Anatomy and histology of ticks - Number 23
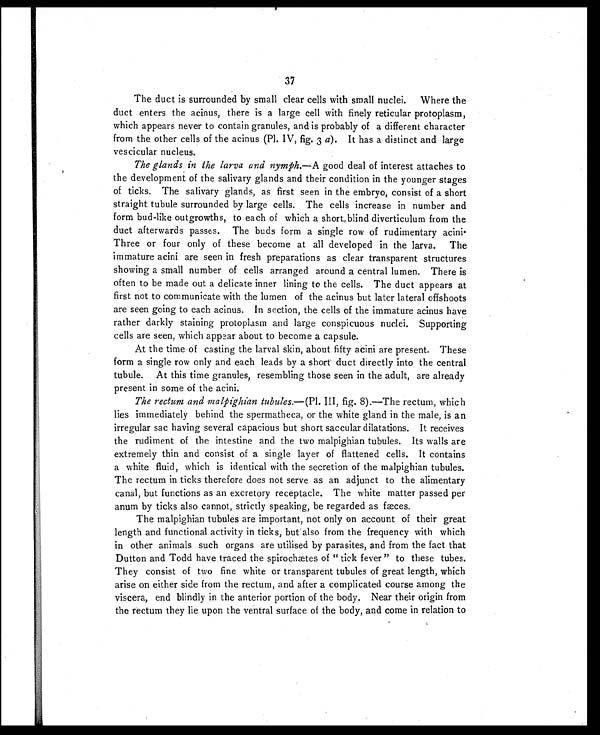
37
The duct is surrounded by small clear cells with small nuclei. Where the
duct enters the acinus, there is a large cell with finely reticular protoplasm,
which appears never to contain granules, and is probably of a different character
from the other cells of the acinus (Pl. IV, fig. 3 a). It has a distinct and large
vescicular nucleus.
The glands in the larva and nymph.— A good deal of interest attaches to
the development of the salivary glands and their condition in the younger stages
of ticks. The salivary glands, as first seen in the embryo, consist of a short
straight tubule surrounded by large cells. The cells increase in number and
form bud-like outgrowths, to each of which a short blind diverticulum from the
duct afterwards passes. The buds form a single row of rudimentary acini.
Three or four only of these become at all developed in the larva. The
immature acini are seen in fresh preparations as clear transparent structures
showing a small number of cells arranged around a central lumen. There is
often to be made out a delicate inner lining to the cells. The duct appears at
first not to communicate with the lumen of the acinus but later lateral offshoots
are seen going to each acinus. In section, the cells of the immature acinus have
rather darkly staining protoplasm and large conspicuous nuclei. Supporting
cells are seen, which appear about to become a capsule.
At the time of casting the larval skin, about fifty acini are present. These
form a single row only and each leads by a short duct directly into the central
tubule. At this time granules, resembling those seen in the adult, are already
present in some of the acini.
The rectum and malpighian tubules. —(Pl. III, fig. 8).—The rectum, which
lies immediately behind the spermatheca, or the white gland in the male, is an
irregular sac having several capacious but short saccular dilatations. It receives
the rudiment of the intestine and the two malpighian tubules. Its walls are
extremely thin and consist of a single layer of flattened cells. It contains
a white fluid, which is identical with the secretion of the malpighian tubules.
The rectum in ticks therefore does not serve as an adjunct to the alimentary
canal, but functions as an excretory receptacle. The white matter passed per
anum by ticks also cannot, strictly speaking, be regarded as fæces.
The malpighian tubules are important, not only on account of their great
length and functional activity in ticks, but also from the frequency with which
in other animals such organs are utilised by parasites, and from the fact that
Dutton and Todd have traced the spirochætes of "tick fever" to these tubes.
They consist of two fine white or transparent tubules of great length, which
arise on either side from the rectum, and after a complicated course among the
viscera, end blindly in the anterior portion of the body. Near their origin from
the rectum they lie upon the ventral surface of the body, and come in relation to